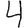
Digit: 4